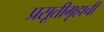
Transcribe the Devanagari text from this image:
प्रसूतीगृहाची